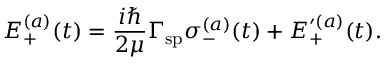
E _ { + } ^ { ( a ) } ( t ) = \frac { i \hbar } { 2 \mu } \Gamma _ { \mathrm { s p } } \sigma _ { - } ^ { ( a ) } ( t ) + E _ { + } ^ { \prime ( a ) } ( t ) .